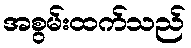
အစွမ်းထက်သည်